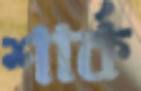
শার্ক